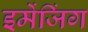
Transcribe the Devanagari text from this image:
इमेंजिंग